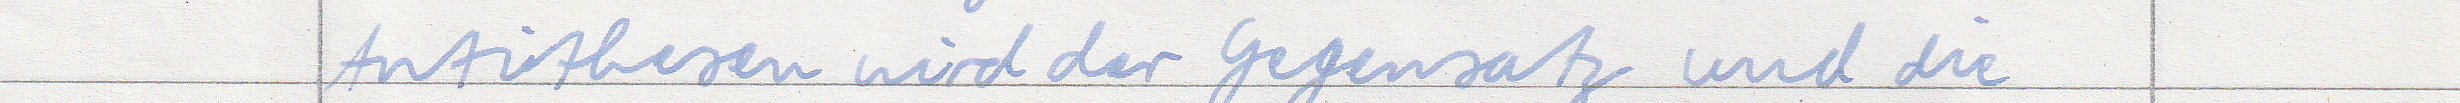
Antithesen wird der Gegensatz und die